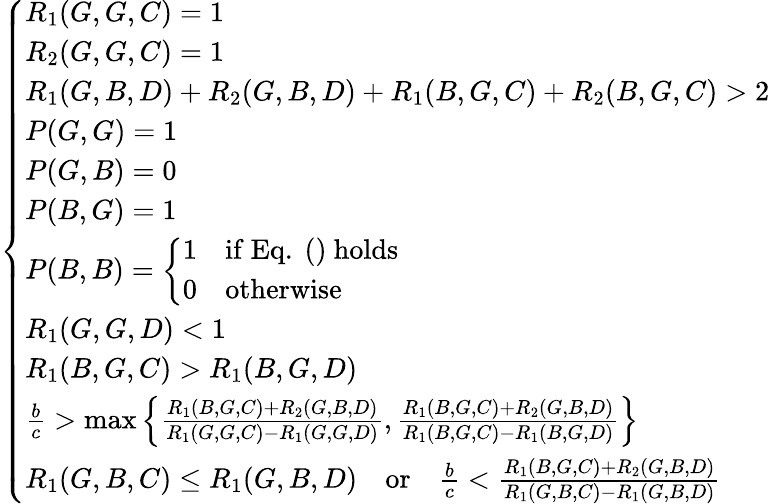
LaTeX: \left\{ \begin{array}{ll}{R_{1}(G,G,C)=1}\\ {R_{2}(G,G,C)=1}\\ {R_{1}(G,B,D)+R_{2}(G,B,D)+R_{1}(B,G,C)+R_{2}(B,G,C)>2}\\ {P(G,G)=1}\\ {P(G,B)=0}\\ {P(B,G)=1}\\ {P(B,B)=\left\{ \begin{array}{ll}{1}&{\mathrm{if~Eq.~()~holds}}\\ {0}&{\mathrm{otherwise}}\end{array}\right.}\\ {R_{1}(G,G,D)<1}\\ {R_{1}(B,G,C)>R_{1}(B,G,D)}\\ {\frac{b}{c}>\operatorname*{max}\left\{ \frac{R_{1}(B,G,C)+R_{2}(G,B,D)}{R_{1}(G,G,C)-R_{1}(G,G,D)},\frac{R_{1}(B,G,C)+R_{2}(G,B,D)}{R_{1}(B,G,C)-R_{1}(B,G,D)}\right\} }\\ {R_{1}(G,B,C)\leq R_{1}(G,B,D){\quad\mathrm{or}\quad}\frac{b}{c}<\frac{R_{1}(B,G,C)+R_{2}(G,B,D)}{R_{1}(G,B,C)-R_{1}(G,B,D)}}\end{array}\right.